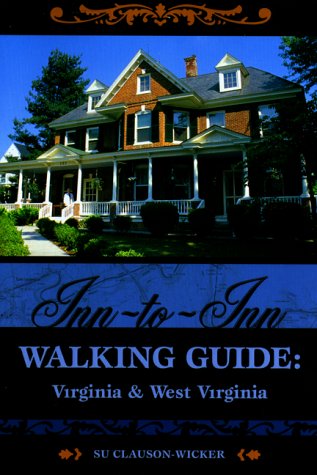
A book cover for Inn-to-Inn Walking Guide:  Virginia and West Virginia; Su Clauson-Wicker; Travel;